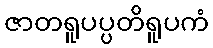
ဇာတရူပပ္ပတိရူပကံ